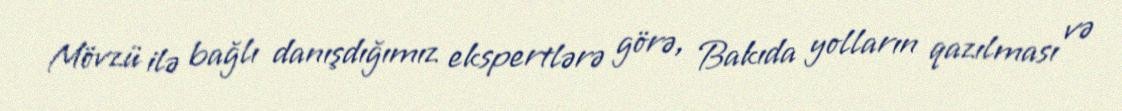
Mövzü ilə bağlı danışdığımız ekspertlərə görə, Bakıda yolların qazılması və